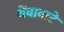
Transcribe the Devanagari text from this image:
थेंबावाटे